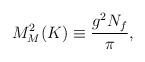
LaTeX: \begin{align*}M^2_M(K)\equiv \frac{g^2N_f}{\pi},\end{align*}